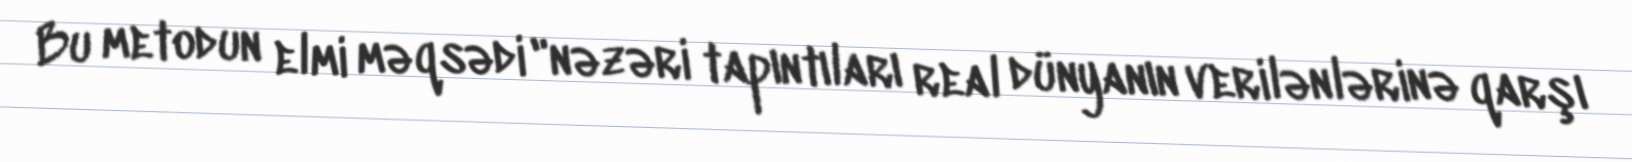
Bu metodun elmi məqsədi "nəzəri tapıntıları real dünyanın verilənlərinə qarşı